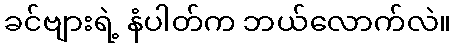
ခင်ဗျားရဲ့ နံပါတ်က ဘယ်လောက်လဲ။